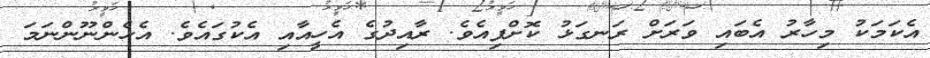
އެކަމަކު މިހާރު އެބައި ވަރަށް ރަނގަޅު ކޮށްފިއެވެ. ރާއިދުގެ އެހީއާއި އެކުގައެވެ. އެހެންނޫންނަމަ